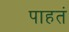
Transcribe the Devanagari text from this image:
पाहतं